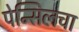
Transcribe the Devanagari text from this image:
पेन्सिलचा